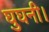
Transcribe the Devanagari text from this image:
घुघनी।